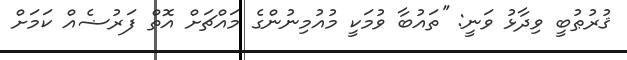
ޤުރުޠުބީ ވިދާޅު ވަނީ: ''ތައުބާ ވުމަކީ މުއުމިނުންގެ މައްޗަށް އޮތް ފަރުޟެއް ކަމަށް